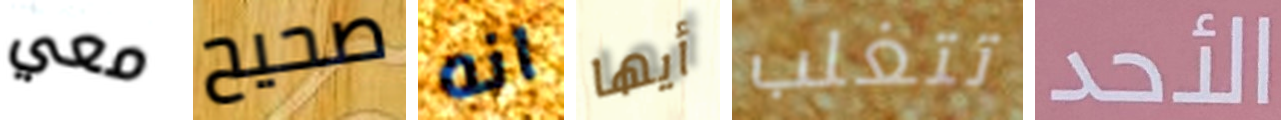
معي صحيح انه أيها تتغلب الأحد